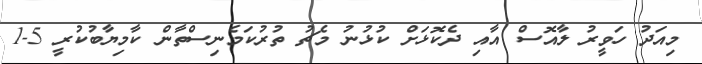
މިއަދު ހަވީރު ލާއޮސް އާއި ދެކޮޅަށް ކުޅުނު މެޗު ތުރުކަމެނިސްތާން ކާމިޔާބުކުރީ 5-1